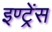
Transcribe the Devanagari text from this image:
इण्ट्रेंस